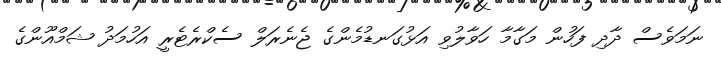
ނަމަވެސް ދާދި ފަހުން މަގާމާ ހަވާލުވި އަޅުގަނޑުމެންގެ ޖެނެރަލް ސެކްރެޓެރީ އަހުމަދު ޝަމްއޫންގެ